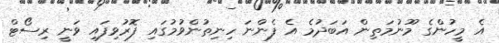
އެ މީހުންގެ މޫނުމަތިން އަބަދުމެ އެ ފެންނަ ހިނިތުންވުމުގައި ފޮރުވިފައި ވަނީ ރިސޯޓް